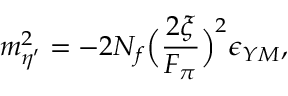
m _ { \eta ^ { \prime } } ^ { 2 } = - 2 N _ { f } \Bigl ( { \frac { 2 \xi } { F _ { \pi } } } \Bigr ) ^ { 2 } \epsilon _ { Y M } ,